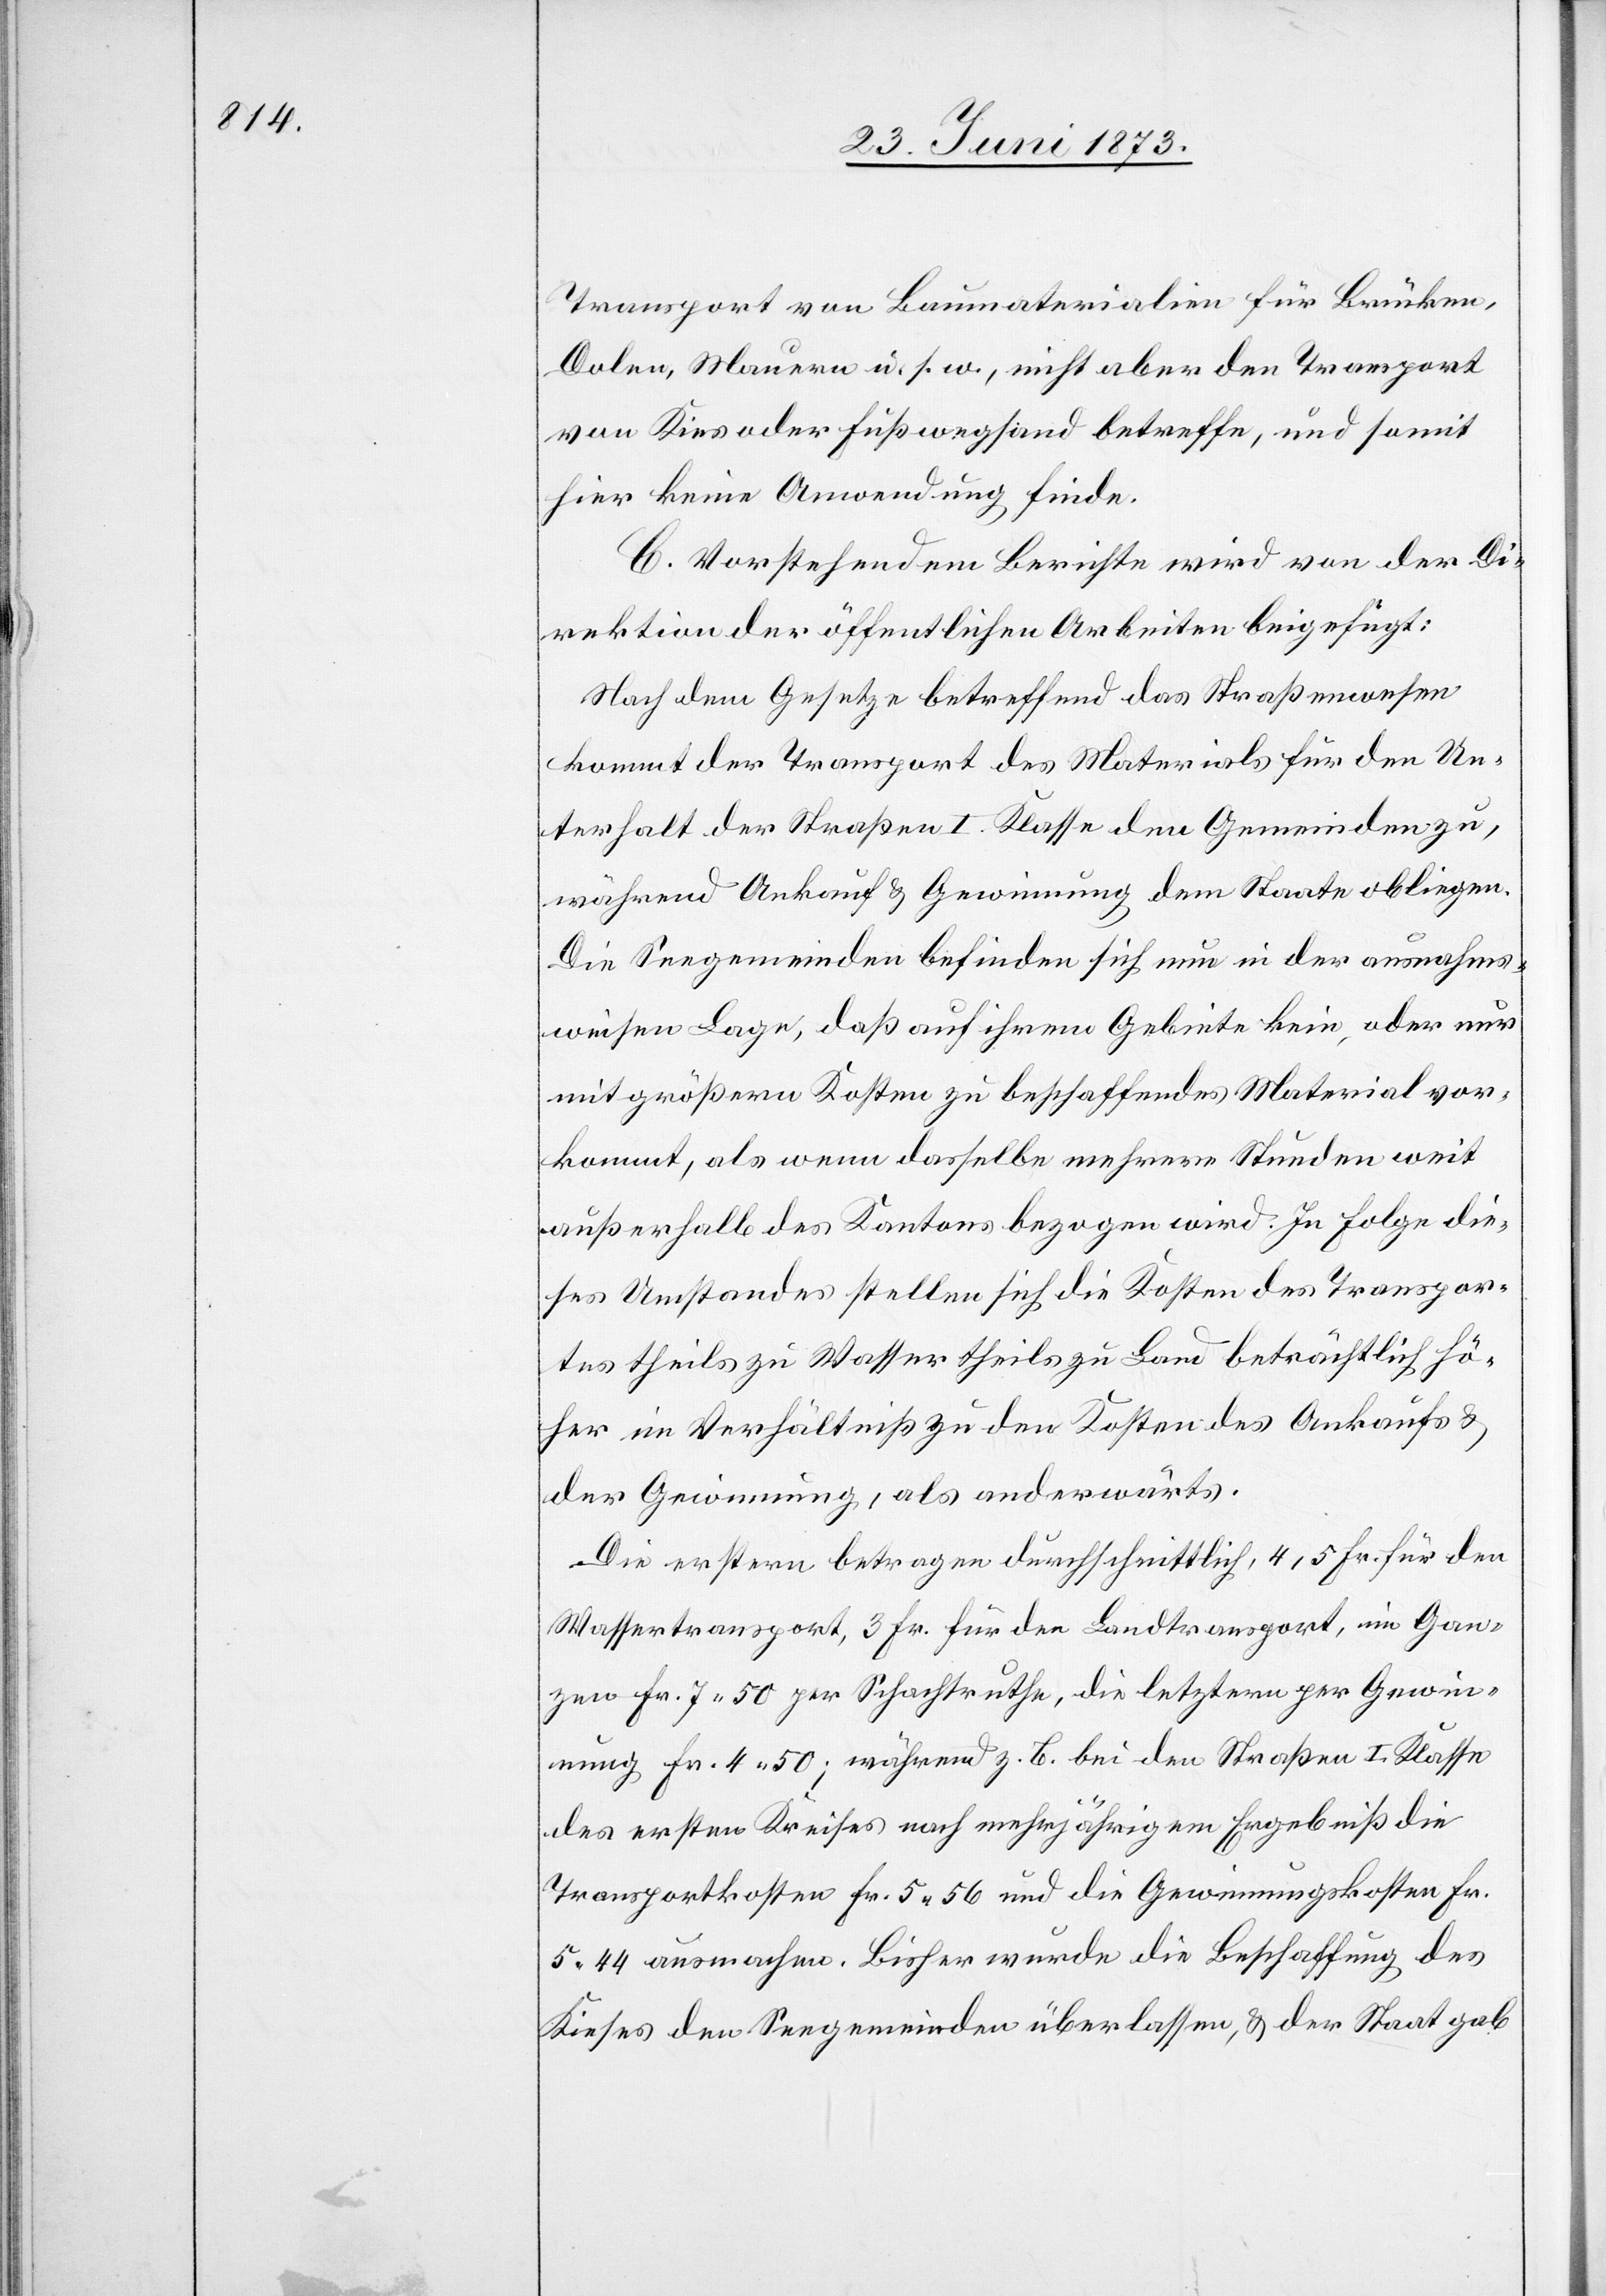
Transport von Baumaterialien für Brücken,
Dolen, Mauern u. s. w., nicht aber den Transport
von Kies oder Fußwegsand betreffe, und somit
hier keine Anwendung finde.
C. Vorstehendem Berichte wird von der Di¬
rektion der öffentlichen Arbeiten beigefügt:
Nach dem Gesetze betreffend das Straßenwesen
kommt der Transport des Materials für den Un¬
terhalt der Straßen I. Klasse den Gemeinden zu,
während Ankauf & Gewinnung dem Staate obliegen.
Die Seegemeinden befinden sich nun in der ausnahms¬
weisen Lage, daß auf ihrem Gebiete kein, oder nur
mit größern Kosten zu beschaffendes Material vor¬
kommt, als wenn dasselbe mehrere Stunden weit
außerhalb des Kantons bezogen wird. In Folge die¬
ses Umstandes stellen sich die Kosten des Transpor¬
tes theils zu Wasser theils zu Land beträchtlich hö¬
her im Verhältniß zu den Kosten des Ankaufs &
der Gewinnung, als anderwärts.
Die erstern betragen durchschnittlich, 4,5 Fr. für den
Wassertransport, 3 Fr. für den Landtransport, im Gan¬
zen Fr. 7 50 per Schachtruthe, die letztern per Gewin¬
nung Fr. 4 50; während z. B. bei den Straßen I. Klasse
des ersten Kreises nach mehrjährigem Ergebniß die
Transportkosten Fr. 5 56 und die Gewinnungskosten Fr.
5 44 ausmachen. Bisher wurde die Beschaffung des
Kieses den Seegemeinden überlassen, & der Staat gab